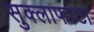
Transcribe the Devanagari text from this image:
सुक्लाफांटा